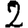
Digit: 2